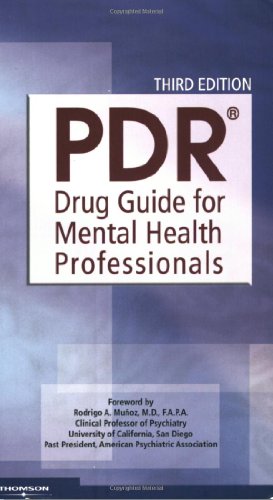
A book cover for PDR Drug Guide for Mental Health Professionals, 3rd Edition; Medical Books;